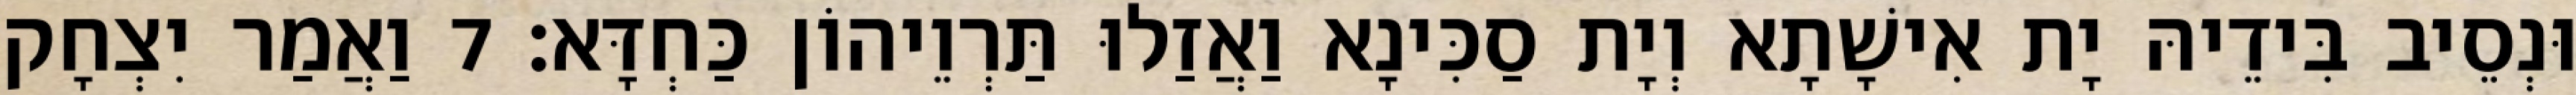
וּנְסֵיב בִּידֵיהּ יָת אִישָׁתָא וְיָת סַכִּינָא וַאֲזַלוּ תַּרְוֵיהוֹן כַּחְדָּא׃ 7 וַאֲמַר יִצְחָק